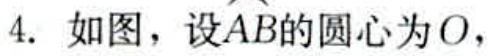
4. 如图，设\(\overset{\frown}{AB}\)的圆心为\(O\)，